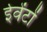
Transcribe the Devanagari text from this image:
ईवेंटों